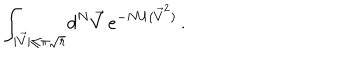
LaTeX: \int _ { | \vec { V } | \leq \pi \sqrt { r } } \! d ^ { N } \vec { V } \, e ^ { - N U ( { \vec { V } } ^ { 2 } ) } \, .